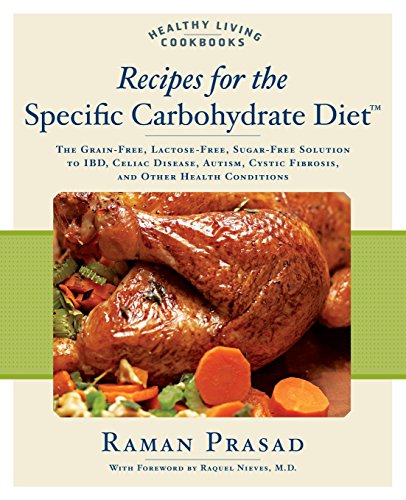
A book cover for Recipes for the Specific Carbohydrate Diet: The Grain-Free, Lactose-Free, Sugar-Free Solution to IBD, Celiac Disease, Autism, Cystic Fibrosis, and Other Health Conditions (Healthy Living Cookbooks); Raman Prasad; Cookbooks, Food & Wine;